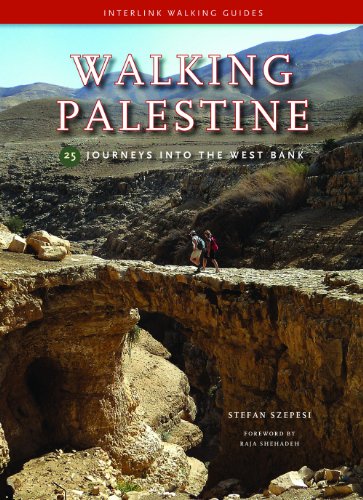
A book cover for Walking Palestine: 25 Journeys into the West Bank; Stefan Szepsi; Travel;